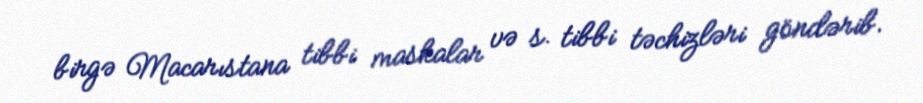
birgə Macarıstana tibbi maskalar və s. tibbi təchizləri göndərib.